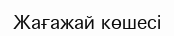
Жағажай көшесі